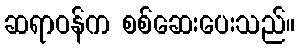
ဆရာဝန်က စစ်ဆေးပေးသည်။